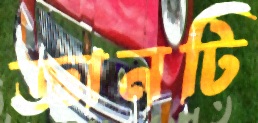
জ্ঞানটি